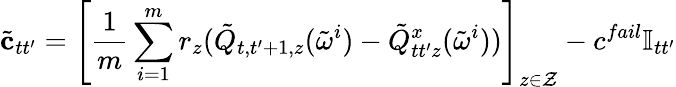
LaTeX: \tilde{{\mathbf{c}}}_{tt^{\prime}}=\left[\frac{1}{m}\sum_{i=1}^{m}r_{z}(\tilde{Q}_{t,t^{\prime}+1,z}(\tilde{\omega}^{i})-\tilde{Q}_{tt^{\prime}z}^{x}(\tilde{\omega}^{i}))\right]_{z\in{\cal Z}}-c^{fail}\mathbb{I}_{tt^{\prime}}